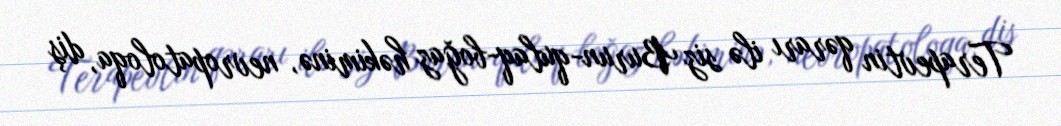
Terapevtin qərarı ilə siz Burun-qulaq-boğaz həkiminə, nevropatoloqa, diş